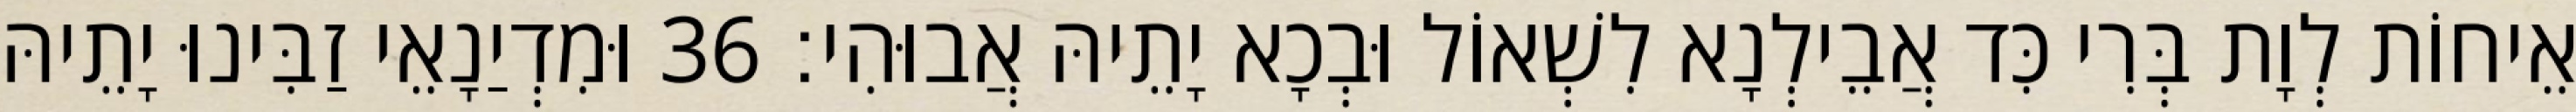
אֵיחוֹת לְוָת בְּרִי כִּד אֲבֵילְנָא לִשְׁאוֹל וּבְכָא יָתֵיהּ אֲבוּהִי׃ 36 וּמִדְיַנָאֵי זַבִּינוּ יָתֵיהּ